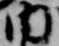
内